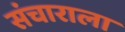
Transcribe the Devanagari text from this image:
संचाराला